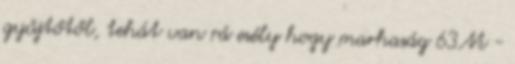
gyűjtőtől, tehát van rá esély hogy marhaság 63M -